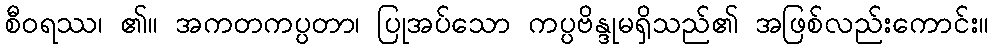
စီဝရဿ၊ ၏။ အကတကပ္ပတာ၊ ပြုအပ်သော ကပ္ပဗိန္ဒုမရှိသည်၏ အဖြစ်လည်းကောင်း။